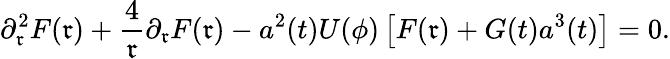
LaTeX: \partial_{\mathfrak{r}}^{2}F(\mathfrak{r})+\frac{4}{{\mathfrak{r}}}\partial_{\mathfrak{r}}F(\mathfrak{r})-a^{2}(t)U(\phi)\left[F(\mathfrak{r})+G(t)a^{3}(t)\right]=0.